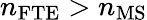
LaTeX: n_{\mathrm{FTE}}>n_{\mathrm{MS}}